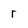
Character: r